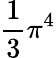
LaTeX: \frac{1}{3}\pi^{4}